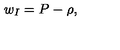
w _ { I } = P - \rho ,